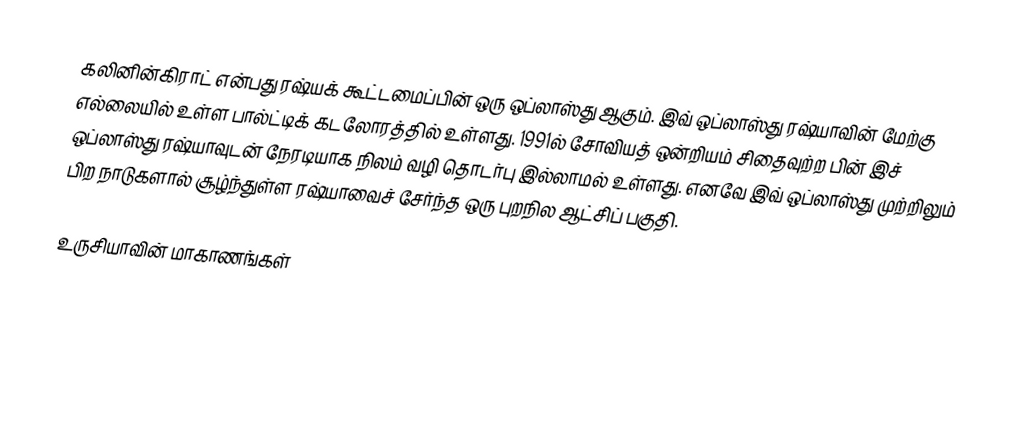
கலினின்கிராட் என்பது ரஷ்யக் கூட்டமைப்பின் ஒரு ஒப்லாஸ்து ஆகும். இவ் ஒப்லாஸ்து ரஷ்யாவின் மேற்கு எல்லையில் உள்ள பால்ட்டிக் கடலோரத்தில் உள்ளது. 1991ல் சோவியத் ஒன்றியம் சிதைவுற்ற பின் இச் ஒப்லாஸ்து ரஷ்யாவுடன் நேரடியாக நிலம் வழி தொடர்பு இல்லாமல் உள்ளது. எனவே இவ் ஒப்லாஸ்து முற்றிலும் பிற நாடுகளால் சூழ்ந்துள்ள ரஷ்யாவைச் சேர்ந்த ஒரு புறநில ஆட்சிப் பகுதி.

உருசியாவின் மாகாணங்கள்